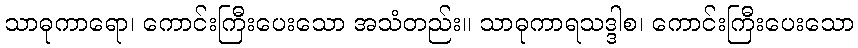
သာဓုကာရော၊ ကောင်းကြီးပေးသော အသံတည်း။ သာဓုကာရသဒ္ဒါစ၊ ကောင်းကြီးပေးသော